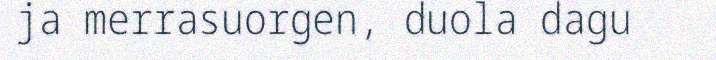
ja merrasuorgen, duola dagu